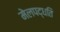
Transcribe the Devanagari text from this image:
मेलपद्धति